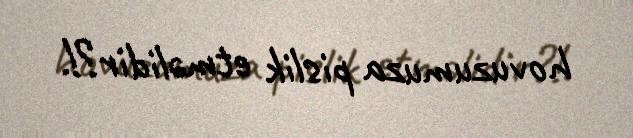
hovuzumuza pislik etməlidir?!.